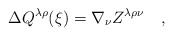
\begin{align*}\Delta Q^{\lambda\rho}(\xi)=\nabla_\nu Z^{\lambda\rho\nu}~~~,\end{align*}